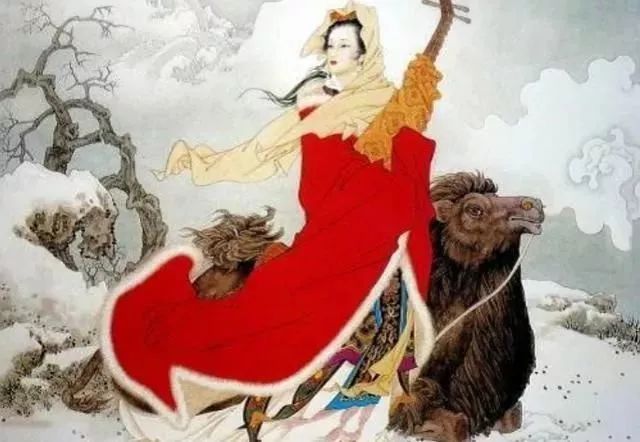
江山故宅空文藻，云雨荒台岂梦思。